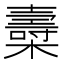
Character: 𣝷